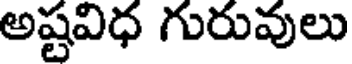
అష్టవిధ గురువులు